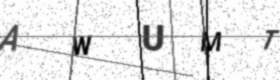
Text: AWUMT